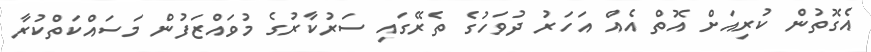
އެގޮތުން ކުރިއަށް އޮތް އެއް އަހަރު ދުވަހުގެ ތެރޭގައި ސަރުކާރުގެ މުވައްޒަފުން މަސައްކަތްކުރާ